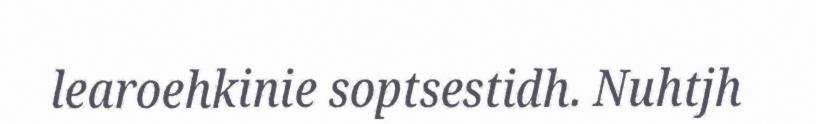
learoehkinie soptsestidh. Nuhtjh